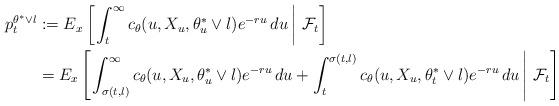
LaTeX: \begin{align*}p_t^{\theta^*\vee l}&:= E_x\left[\left.\int_t^{\infty}c_{\theta}(u,X_u,\theta_u^*\vee l)e^{-ru}\,du\,\right\vert\,\mathcal{F}_t \right] \\&= E_x\left[\left.\int_{\sigma(t,l)}^{\infty}c_{\theta}(u,X_u,\theta_u^*\vee l)e^{-ru}\,du + \int_t^{\sigma(t,l)}c_{\theta}(u,X_u,\theta_t^*\vee l)e^{-ru}\,du\,\right\vert\,\mathcal{F}_t \right]\end{align*}